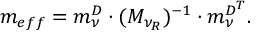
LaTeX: m _ { e f f } = m _ { \nu } ^ { D } \cdot ( M _ { \nu _ { R } } ) ^ { - 1 } \cdot m _ { \nu } ^ { D ^ { \normalsize T } } .